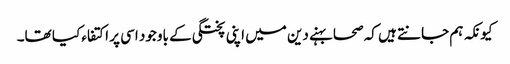
کیونکہ ہم جانتے ہیں کہ صحابہنے دین میں اپنی پختگی کے باوجود اسی پر اکتفاء کیا تھا۔